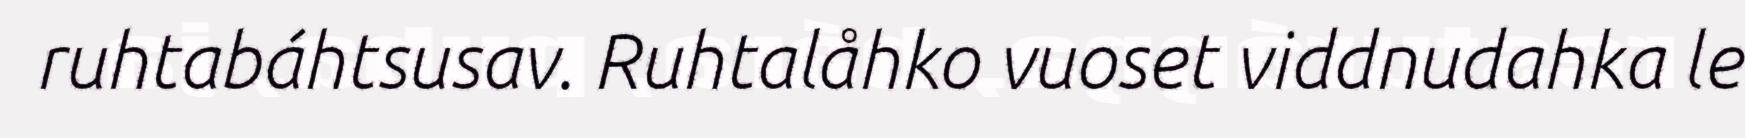
ruhtabáhtsusav. Ruhtalåhko vuoset viddnudahka le